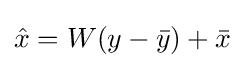
{\hat {x}}=W(y-{\bar {y}})+{\bar {x}}